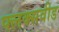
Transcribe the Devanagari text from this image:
फ्लक्सवीड